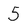
Character: 5